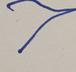
Signature authenticity: forged